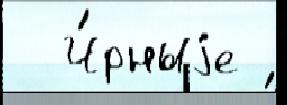
  Ч́рныjе